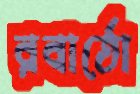
রবার্তো